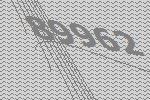
89962